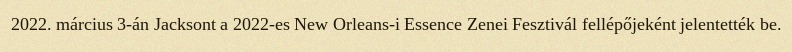
2022. március 3-án Jacksont a 2022-es New Orleans-i Essence Zenei Fesztivál fellépőjeként jelentették be.